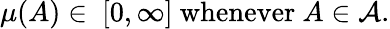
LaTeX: \mu(A)\in\ [0,\infty]{\mathrm{~whenever~}}A\in{\mathcal{A}}.